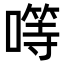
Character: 𠾡